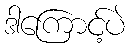
ဒါကြောင့်ပဲ